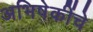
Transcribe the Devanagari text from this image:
अभिषेकींचे